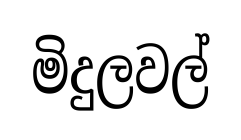
මිදුලවල්